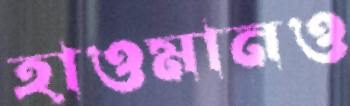
হাওমানও